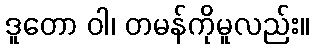
ဒူတော ဝါ၊ တမန်ကိုမူလည်း။